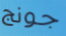
جونج